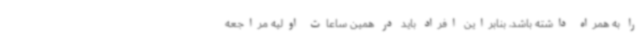
را به همراه داشته باشد، بنابراین افراد باید در همین ساعات اولیه مراجعه